Vaccination in Bombay 1869-1873 - 1869-1873
Year: 1869
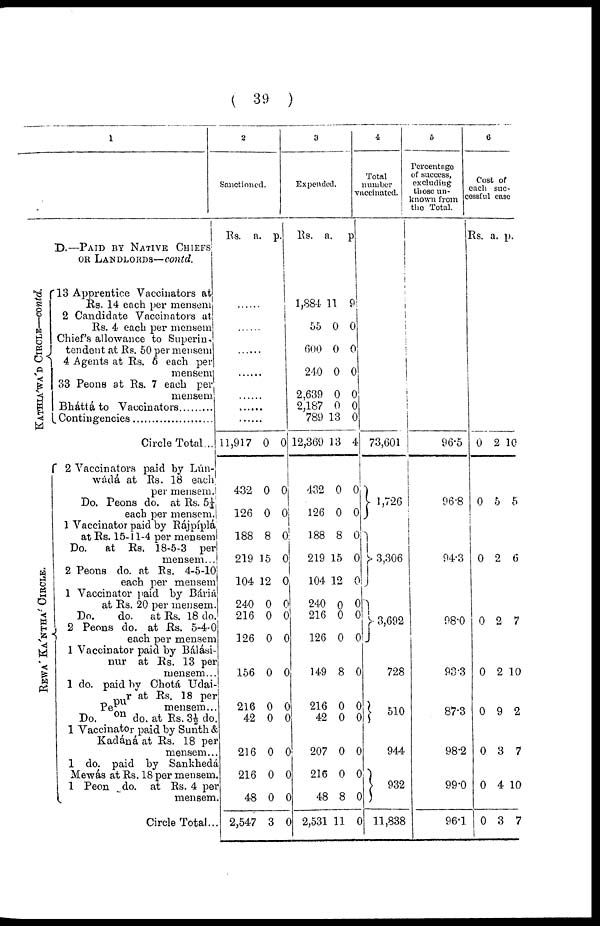
( 39 )
1
D.—PAID BY NATIVE CHIEFS
OR LANDLORDS—contd.
KATHIA'WA'D CIRCLE—contd.
REWA' KA'NTHA' CIRCLE.
13 Apprentice Vaccinators at
Rs. 14 each per mensem
2 Candidate Vaccinators at
Rs. 4 each per mensem
Chief's allowance to Superin-
tendent at Rs. 50 per mensem
4 Agents at Rs. 5 each per
mensem
33 Peons at Rs. 7 each per
mensem
Bháttá to Vaccinators .........
Contingencies .....................
Circle Total...
2 Vaccinators paid by Lún¬
wádá at Rs. 18 each
per mensem.
Do. Peons do. at Rs. 5¼
each per mensem.
1 Vaccinator paid by Rájpíplá
at Rs. 15-11-4 per mensem
Do.
at Rs. 18-5-3 per
mensem...
2 Peons do. at Rs. 4-5-10
each per mensem
1 Vaccinator paid by Báriá
at Rs. 20 per mensem.
Do.
do. at Rs. 18 do.
2 Peons do. at Rs. 5-4-0
each per mensem
1 Vaccinator paid by Bálási¬
nur at Rs. 13 per
mensem...
1 do. paid by Chotá Udai¬
pur at Rs. 18 per
Peon
mensem...
Do.
do. at Rs. 3½ do.
1 Vaccinator paid by Sunth &
Kadáná at Rs. 18 per
mensem...
1 do. paid by Sankhedá
Mewás at Rs. 18 per mensem.
1 Peon do. at Rs. 4 per
mensem.
Circle Total...
2
Sanctioned.
Rs. a. p.
......
......
......
......
......
......
......
11,917
432
126
188
219
104
240
216
126
156
216
42
216
216
48
2,547
0
0
0
8
15
12
0
0
0
0
0
0
0
0
0
3
0
0
0
0
0
0
0
0
0
0
0
0
0
0
0
0
3
Expended.
Rs. a. p.
1,884
55
600
240
2,639
2,187
789
12,369
432
126
188
219
104
240
216
126
149
216
42
207
216
48
2,531
11
0
0
0
0
0
13
13
0
0
8
15
12
0
0
0
8
0
0
0
0
8
11
9
0
0
0
0
0
0
4
0
0
0
0
0
0
0
0
0
0
0
0
0
0
0
4
Total
number
vaccinated.
73,601
1,726
3,306
3,692
728
510
944
932
11,838
5
Percentnge
of success,
excluding
those un-
known from
the Total.
96.5
96.8
94.3
98.0
93.3
87.3
98.2
99.0
96.1
6
Cost of
each suc-
cessful case
Rs a. p.
0
0
0
0
0
0
0
0
0
2
5
2
2
2
9
3
4
3
10
5
6
7
10
2
7
10
7